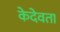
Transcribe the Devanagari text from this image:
केदेवता